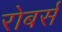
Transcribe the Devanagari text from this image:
रोबर्स